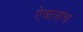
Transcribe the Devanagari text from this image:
ऐवालांच